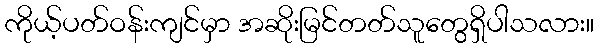
ကိုယ့်ပတ်ဝန်းကျင်မှာ အဆိုးမြင်တတ်သူတွေရှိပါသလား။